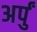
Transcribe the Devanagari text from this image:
अर्पुं